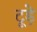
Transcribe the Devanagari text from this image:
टूड़े